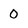
Character: 0